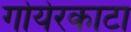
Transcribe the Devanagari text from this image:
गोयेरकाटा